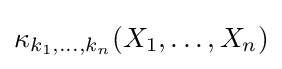
{\textstyle \kappa _{k_{1},\dots ,k_{n}}(X_{1},\ldots ,X_{n})}